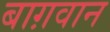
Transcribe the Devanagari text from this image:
बाग़वान